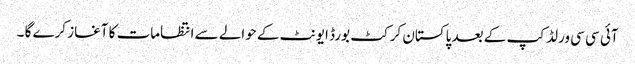
آئی سی سی ورلڈ کپ کے بعد پاکستان کرکٹ بورڈ ایونٹ کے حوالے سے انتظامات کا آغاز کرے گا ۔